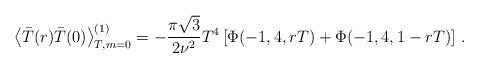
LaTeX: \begin{align*}\left\langle \bar{T}(r)\bar{T}(0)\right\rangle _{T,m=0}^{(1)}=-\frac{\pi \sqrt{3}}{2\nu ^{2}}T^{4}\left[ \Phi (-1,4,rT)+\Phi (-1,4,1-rT)\right] \,.\end{align*}